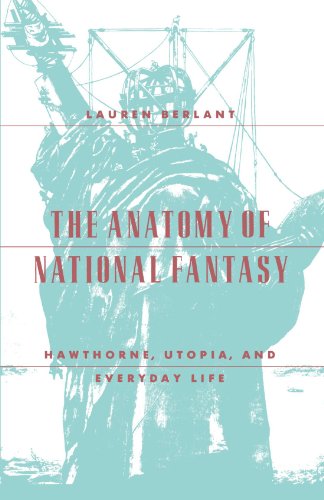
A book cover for The Anatomy of National Fantasy: Hawthorne, Utopia, and Everyday Life; Lauren Berlant; Science Fiction & Fantasy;